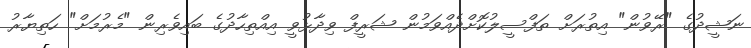
ނަޝީދުގެ "ރޭވުން" އިތުރަށް ތަފްސީލުކޮށްދެއްވަމުން ޝަރީފް ވިދާޅުވީ އިއްތިހާދުގެ ބައިވެރިން "މެރުމަށް" ހަތިޔާރު